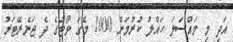
އަދި މި މައްސަލަ ހައްލު ކުރުމަށް 1000 މެގަ ވޯޓުގެ ދެ ޖަނެރޭޓަރު